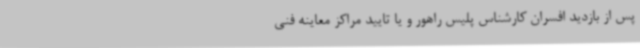
پس از بازدید افسران کارشناس پلیس راهور و یا تایید مراکز معاینه فنی